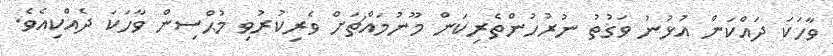
ވާހަކަ ދައްކަން އުޅުނު ވަގުތު ނުރުހުންތެރިކަން މޫނުމައްޗަށް ވެރިކުރުވި މުޙްސިން ވާހަކަ ދެއްކިއެވެ.